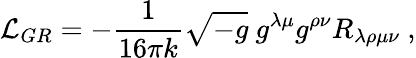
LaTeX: {\cal L}_{GR}=-\frac{1}{16\pi k}\sqrt{-g}~g^{\lambda\mu}g^{\rho\nu}R_{\lambda\rho\mu\nu}~,